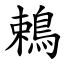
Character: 鵣